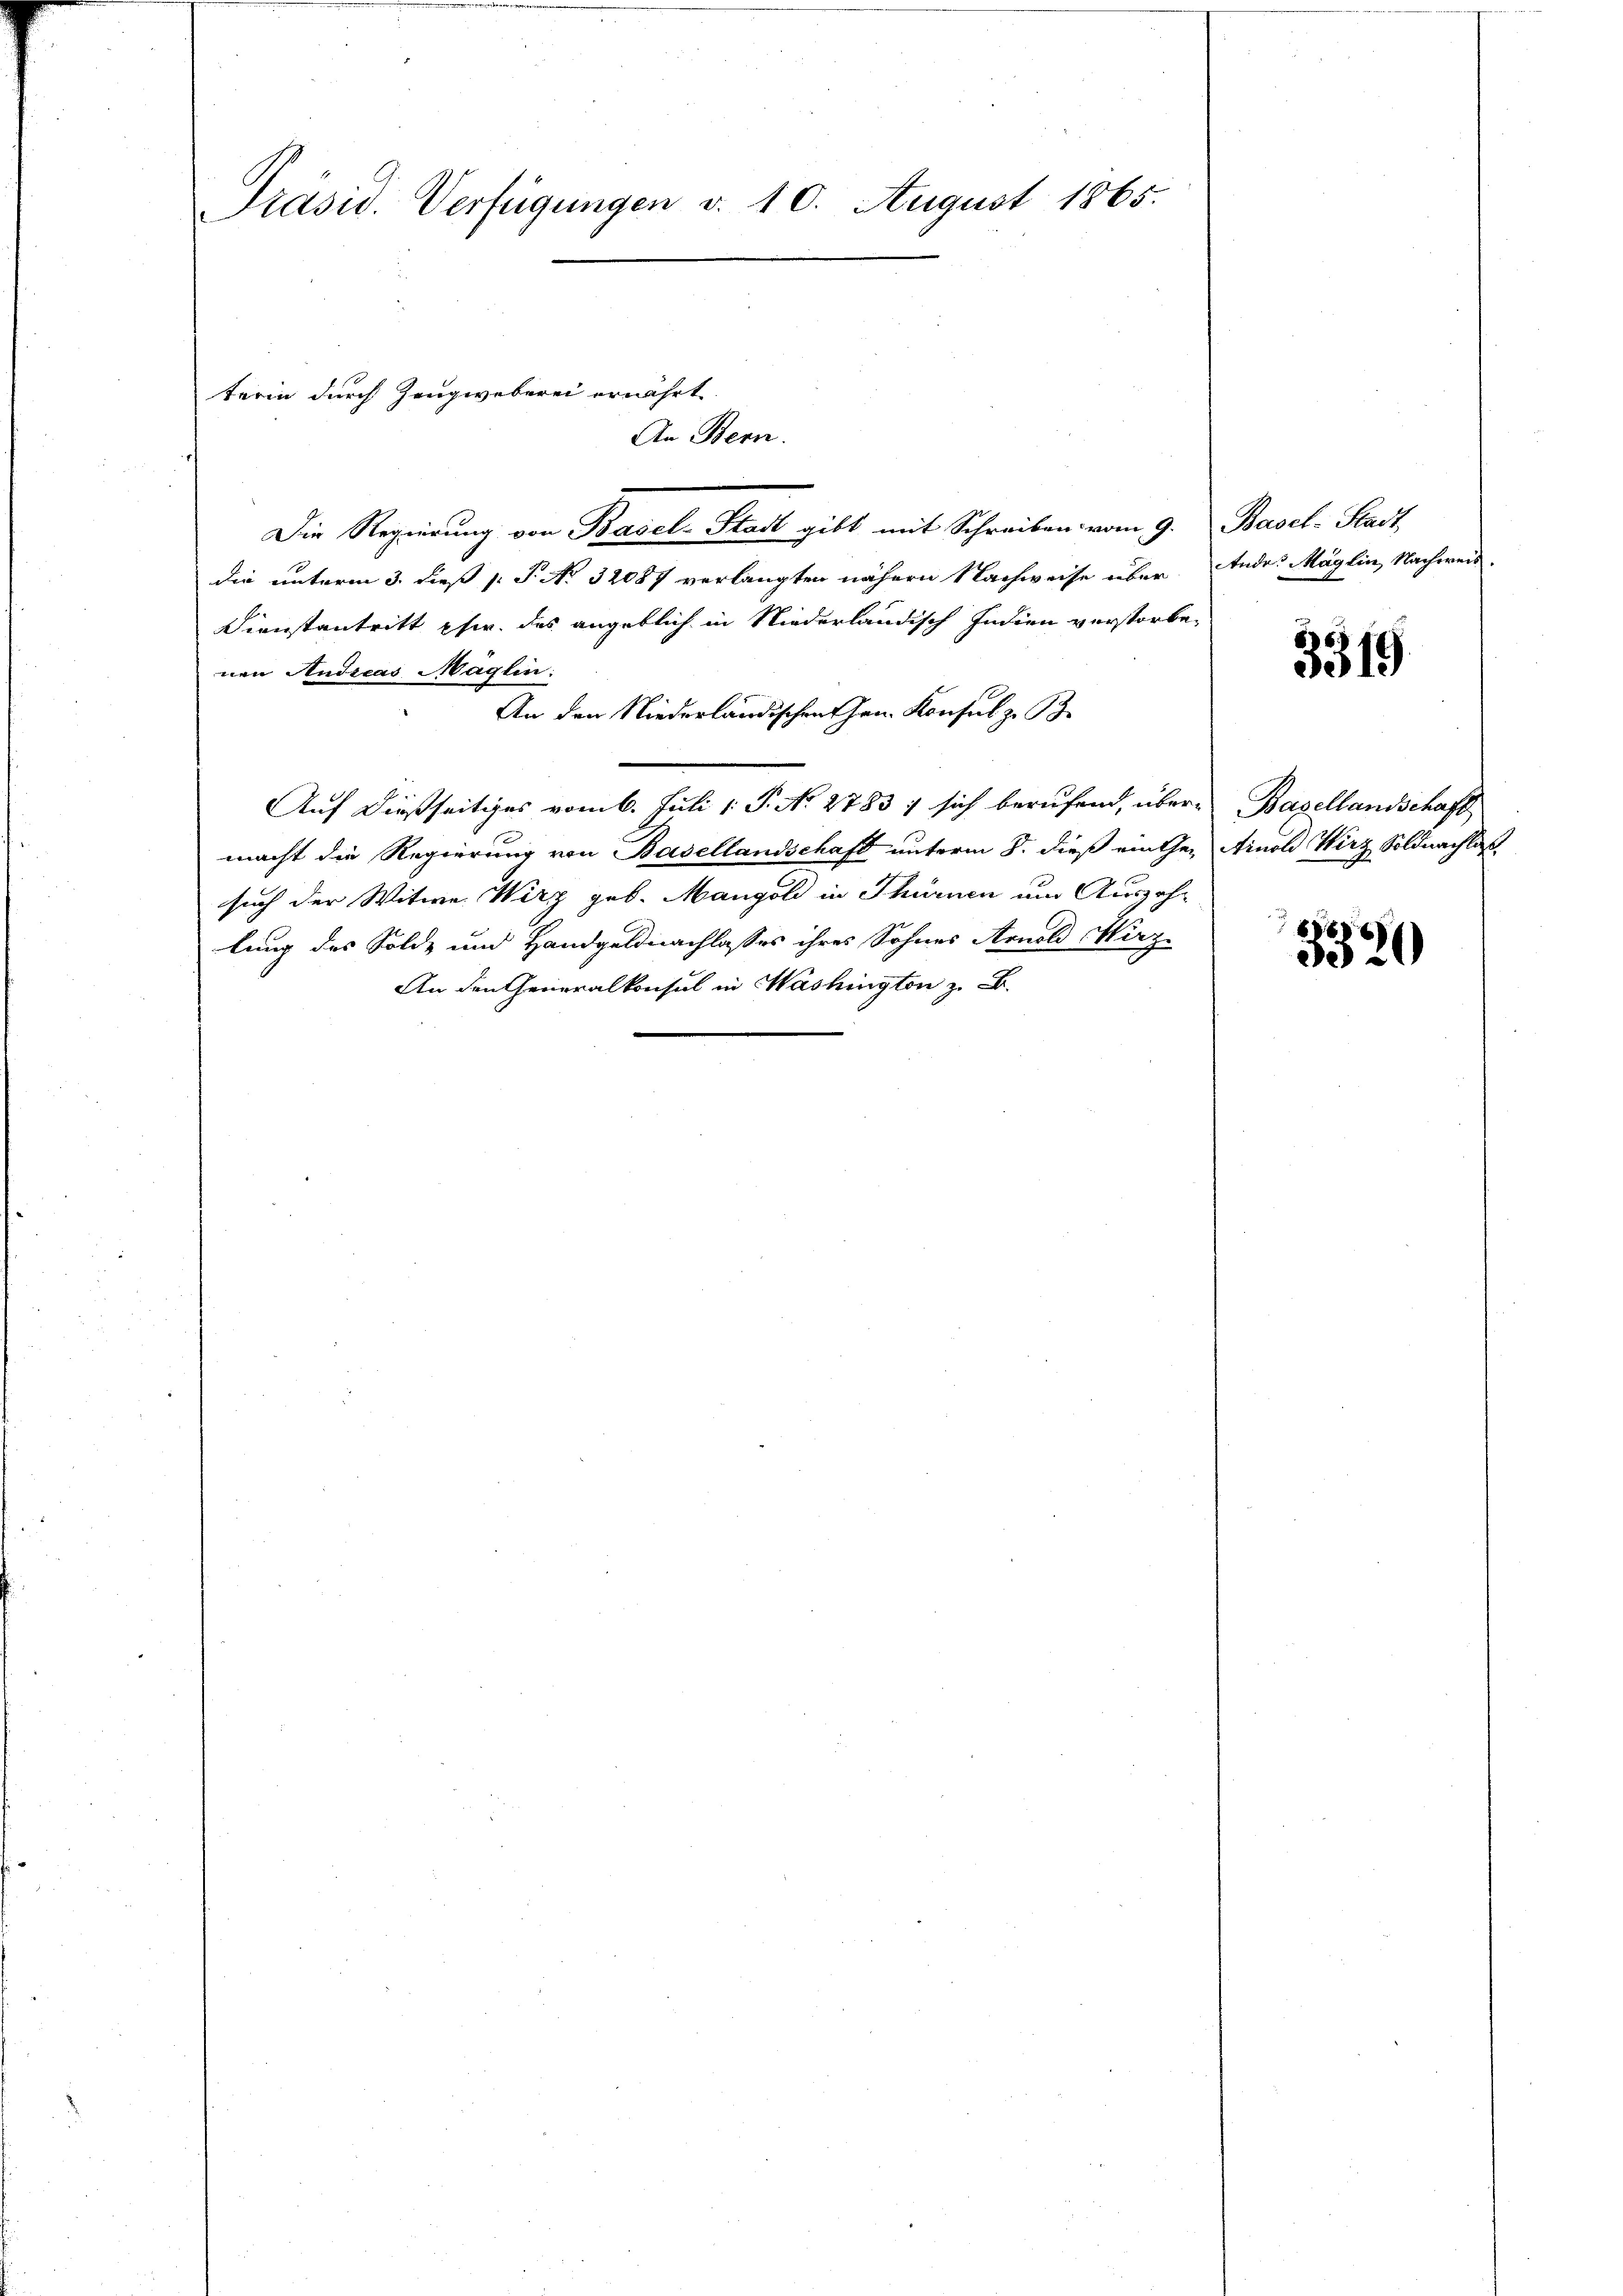
Präsid. Verfügungen d. 10. August 1865.

Die Regierung von Basel-Stadt gibt mit Schreiben vom 9. Basel-Stadt,
die unterm 3. dieß P. P. No. 32087 verlangten nähern Nachweise über. Andr. Möglin, Nachweis.
Dienstantritt phw. des angeblich in Niederländisch Indien verstorbenen Andreas Maglin:
An den Niederländischen Hrn. Konsul z. B.
Auf dießseitiges vom 6. Juli 1. P. N. 2783 / sich berufend, über- Basellandschaft
macht die Regierung von Basellandschaft unterm 8. dieß einthen Arnold Wirz Soldnachla
such der Witwe. Wirz geb. Mangold in Thürnen um Auszahlung des Solde und Handgeldnachlasses ihres Sohnes Arnold Hirze
An den Generalkonsul in Washington z. B.
e

terin durch Zeugweberei ernährt.

An Bern.

3319

8 x
3520